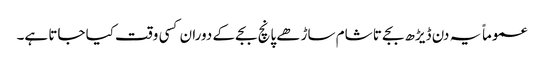
عموماً یہ دن ڈیڑھ بجے تا شام ساڑھے پانچ بجے کے دوران کسی وقت کیا جاتا ہے۔